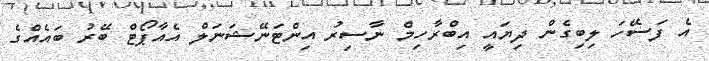
އެ ފަސޭހަ ލިބިގެން ދިޔައީ އިބްރާހިމް ނާސިރު އިންޓަނޭޝަނަލް އެއާޕޯޓް ބޭރު ބައެއްގެ